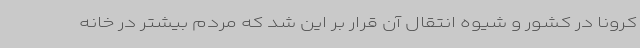
کرونا در کشور و شیوه انتقال آن قرار بر این شد که مردم بیشتر در خانه